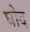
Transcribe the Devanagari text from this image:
घोद